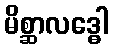
မိစ္ဆာလဒ္ဓေါ